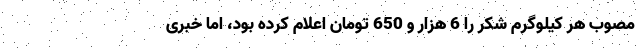
مصوب هر کیلوگرم شکر را 6 هزار و 650 تومان اعلام کرده بود، اما خبری